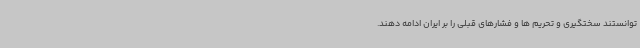
توانستند سختگیری و تحریم ها و فشارهای قبلی را بر ایران ادامه دهند.